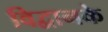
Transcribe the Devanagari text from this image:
विद्वानके